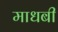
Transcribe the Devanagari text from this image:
माधबी